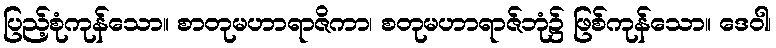
ပြည့်စုံကုန်သော။ စာတုမဟာရာဇိကာ၊ စတုမဟာရာဇ်ဘုံ၌ ဖြစ်ကုန်သော။ ဒေဝါ၊